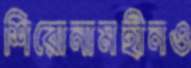
শিরোনামহীনও